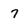
Character: 7